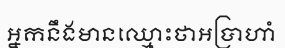
អ្នកនឹងមានឈ្មោះថាអប្រាហាំ